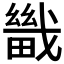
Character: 𤳀